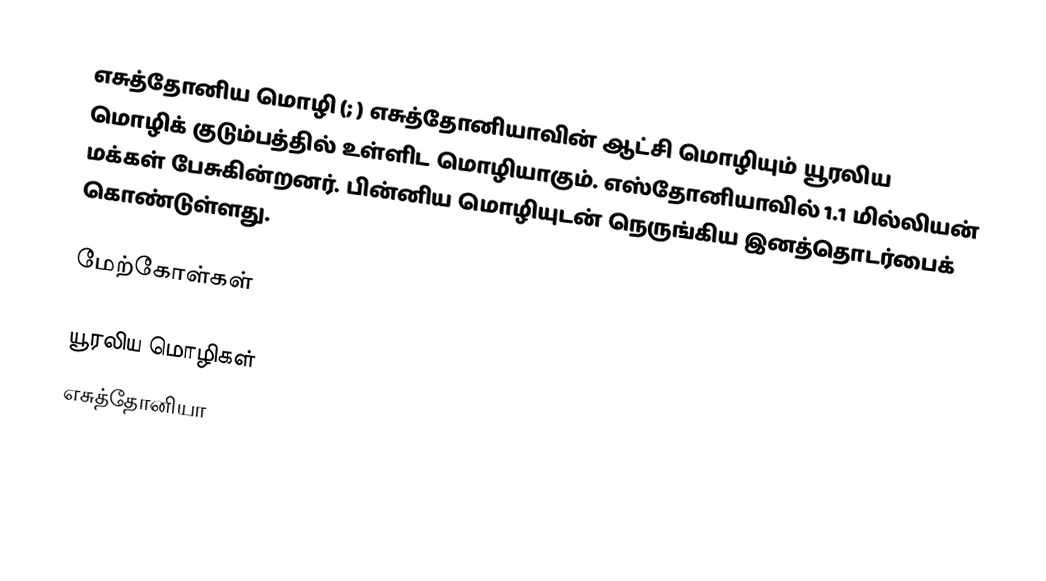
எசுத்தோனிய மொழி (; ) எசுத்தோனியாவின் ஆட்சி மொழியும் யூரலிய மொழிக் குடும்பத்தில் உள்ளிட மொழியாகும். எஸ்தோனியாவில் 1.1 மில்லியன் மக்கள் பேசுகின்றனர். பின்னிய மொழியுடன் நெருங்கிய இனத்தொடர்பைக் கொண்டுள்ளது.

மேற்கோள்கள்

யூரலிய மொழிகள்
எசுத்தோனியா